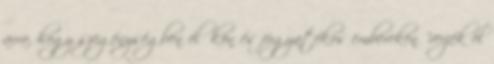
arra, hogy szegénységben élőkön és fogyatékos embereken "verjék el